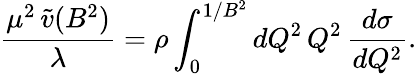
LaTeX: \frac{\mu^{2}\, \tilde{v}(B^{2})}{\lambda}=\rho\int_{0}^{1/B^{2}}dQ^{2}\, Q^{2}\, \frac{d\sigma}{dQ^{2}}.